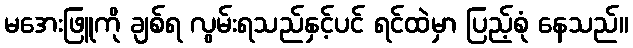
မအေးဖြူကို ချစ်ရ လွမ်းရသည်နှင့်ပင် ရင်ထဲမှာ ပြည့်စုံ နေသည်။